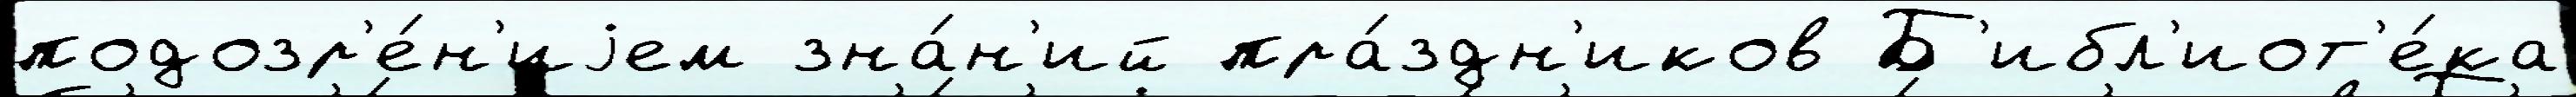
подозр'е́н'иjем зна́н'ий пра́здн'иков Б'ибл'иот'е́ка